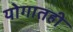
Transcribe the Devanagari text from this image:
योगातही